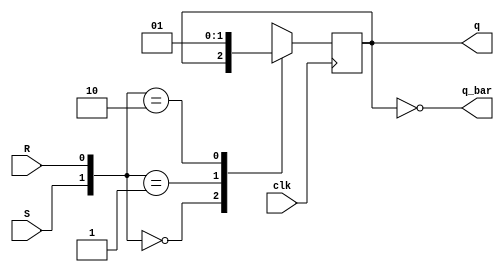
module sr_ff(clk,S,R, q,q_bar);
input clk,S,R;
output reg q;
output q_bar;

always@(posedge clk)
begin
  case({S,R})
    2'b00: q <= q;
  2'b01: q <= 1'b0;
  2'b10: q <= 1'b1;
  2'b11: q <= 1'bx;
  endcase
end

assign q_bar = ~q;
endmodule

module d_ff(q,qbar,d,clk);
input d,clk;
output q,qbar;
sr_ff a10 (clk,d,~d, q,qbar);
endmodule